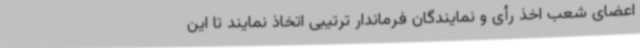
اعضای شعب اخذ رأی و نمایندگان فرماندار ترتیبی اتخاذ نمایند تا این